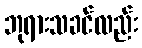
ဘုရားသခင်လည်း